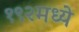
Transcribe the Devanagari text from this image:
१९२मध्ये